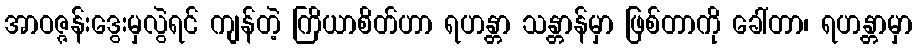
အာဝဇ္ဇန်းဒွေးမှလွဲရင် ကျန်တဲ့ ကြိယာစိတ်ဟာ ရဟန္တာ သန္တာန်မှာ ဖြစ်တာကို ခေါ်တာ၊ ရဟန္တာမှာ